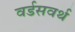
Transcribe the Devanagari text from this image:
वर्डसवर्थ